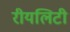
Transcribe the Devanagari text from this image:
रीयलिटी